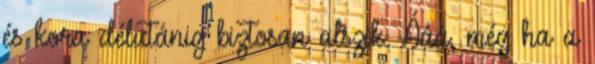
és kora délutánig biztosan alszik. Ááá, még ha a